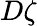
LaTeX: D\zeta